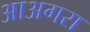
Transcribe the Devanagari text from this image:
आअगरा